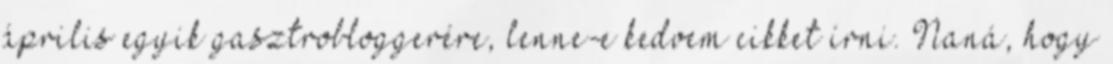
április egyik gasztrobloggerére, lenne-e kedvem cikket írni. Naná, hogy